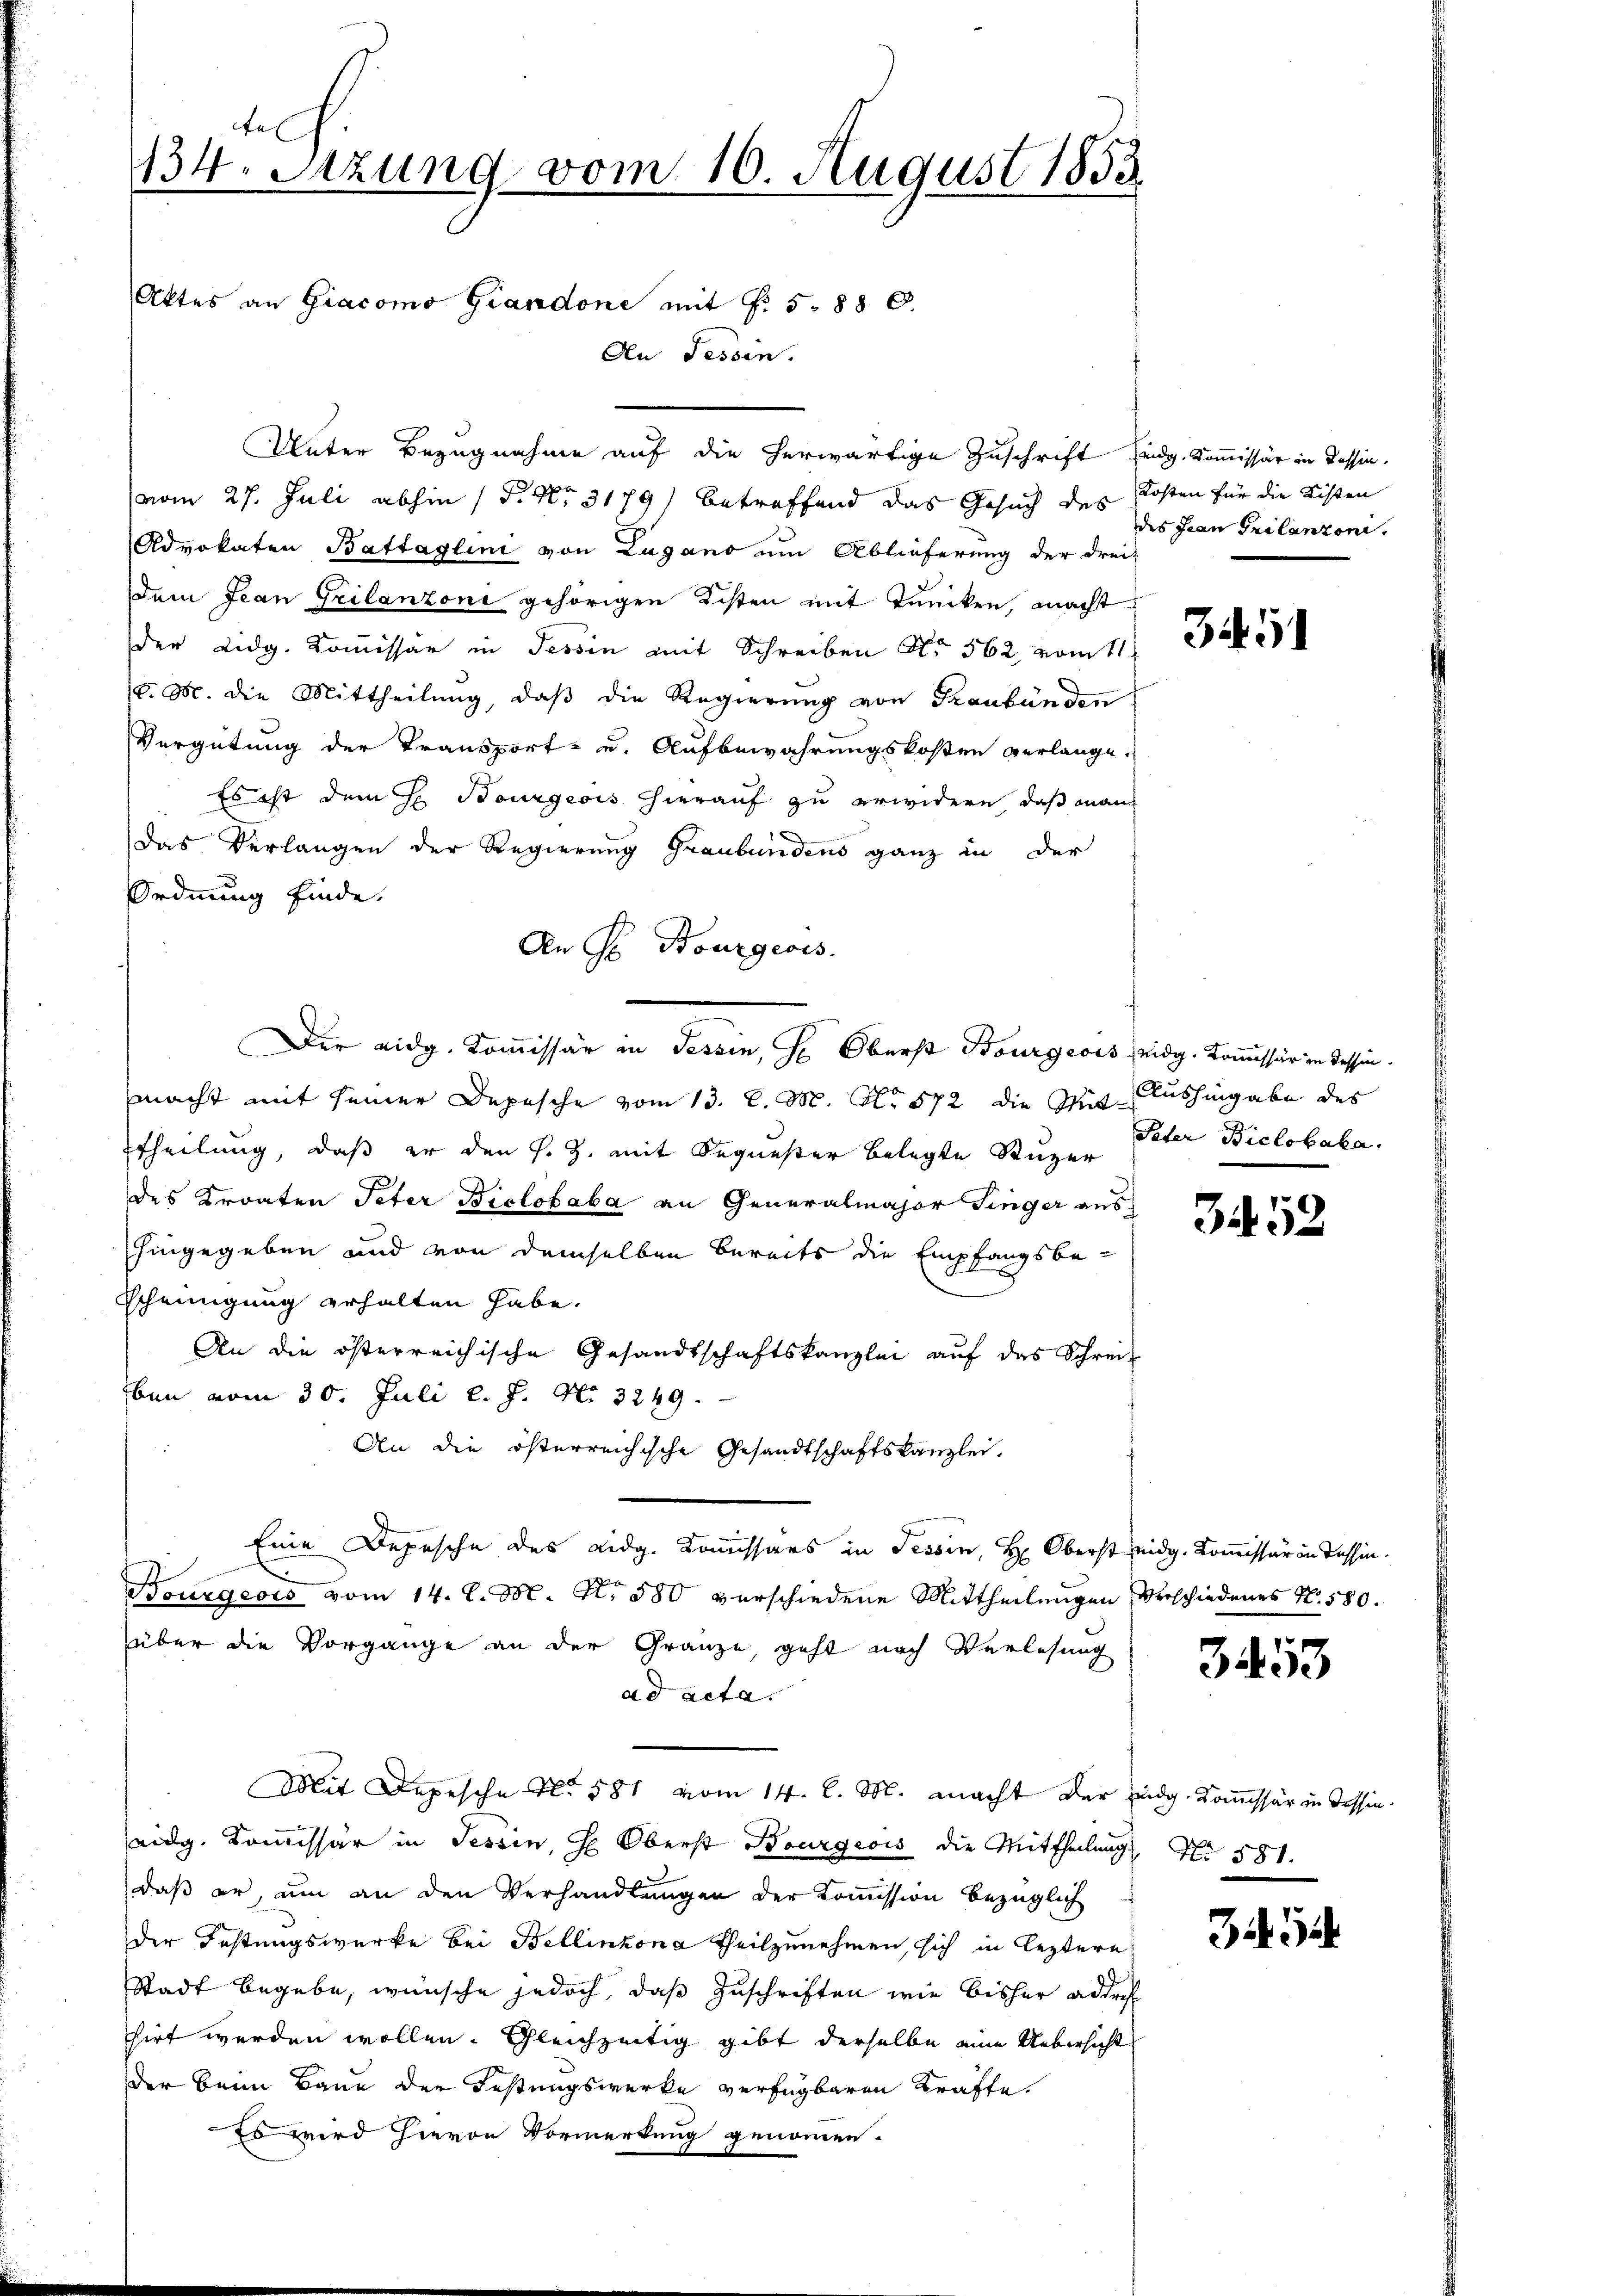
cel
134. Sitzung vom 10. August 1853
Aktes an Giacomo Giandone mit §. 5. 880.
An Tessin.

vom 27. Juli abhin 1 S. Nr. 3179) betreffend das Gesuch des Kosten für die Kisten
Advokaten Battaglini von Lugano um Ablieferung der dreif
dem Jean Grilanzoni gehörigen Listen mit Tuncken, macht
der Lidg. Kommissär in Tessin mit Schreiben Nr. 562, vom 11.
(v. M. die Mittheilung, daβ die Regierŭng von Graubünden
Vergütung der Transport- und Aufbewahrungskosten verlange.
Es ist dem H. Bourgeois hierauf zu erwidern, daß manch
Das Verlangen der Regierung Graubündens ganz in der
Ordnung finde.
An S Bourgeois.
macht mit seiner Depesche vom 13. d. M. No 572 die Mit Aushingabe des
theilung, daß er den s. Z. mit Sequester belegte Stuzer
des Kronten Peter Biclobaba an Generalmajor Finger aus
hingegeben und von demselben bereits die Empfangsbe-
Scheinigung erhalten habe.
An die österreichische Gesandtschaftskanzlei auf das Schreiben vom 30. Juli l. J. N. 3249.
An die österreichische Gesandtschaftskanzlei.
Eine Depesche des Lidg. Kommissärs in Tessin, Hr. Oberst eidg. Kommissär in dessin.
Bourgeois vom 14. d. M. N. 580 verschiedene Mittheilungen Verschiedenes N. 580.
über die Vorgänge an der Gränze, geht nach Verlesung
ad acta.
Mit Depesche No 581 vom 14. l. M. macht der Eidg. Kommissär in Tessineidg. Kommissär in Tessin, Ge Oberst Bourgeois die Mittheilung Nr. 581.
daß er, um an den Verhandlungen der Kommission bezüglich
der Festungswerke bei Bellinzona theilzunehmen, sich in leztere
Stadt begebe, wünsche jedoch, daß Zuschriften wie bisher addres
sirt werden wollen. Gleichzeitig gibt derselbe eine Uebersicht
der beim Baue der Festungswerke verfügbaren Kräfte.
so wird hievon Vormerkung genommen.

Unter Bezugnahme auf die herwärtige Zuschrift seidg. Kommissär in dessin,

Dir eidg. Kommissär in Tessin, Hr. Oberst Bourgeois eidg. Kommissär in Tessin.

des Jean Grilanzoni.

3451

Pater Biclobaka.

3452

3453

32. 3